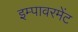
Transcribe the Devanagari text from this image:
इम्पावरमेंट